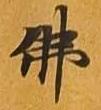
仏